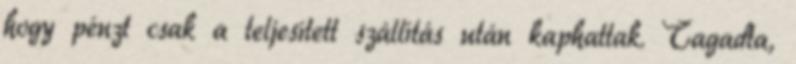
hogy pénzt csak a teljesített szállítás után kaphattak. Tagadta,